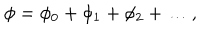
\phi = \phi _ { 0 } + \phi _ { 1 } + \phi _ { 2 } + \ldots ,